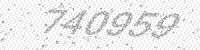
Solution: 740959